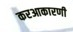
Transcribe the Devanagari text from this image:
करआकारणी